342_HS1-416511228_319.1 Flying Discs 1949
Agency: Department of War
Incident date: 1/9/50
Page 42
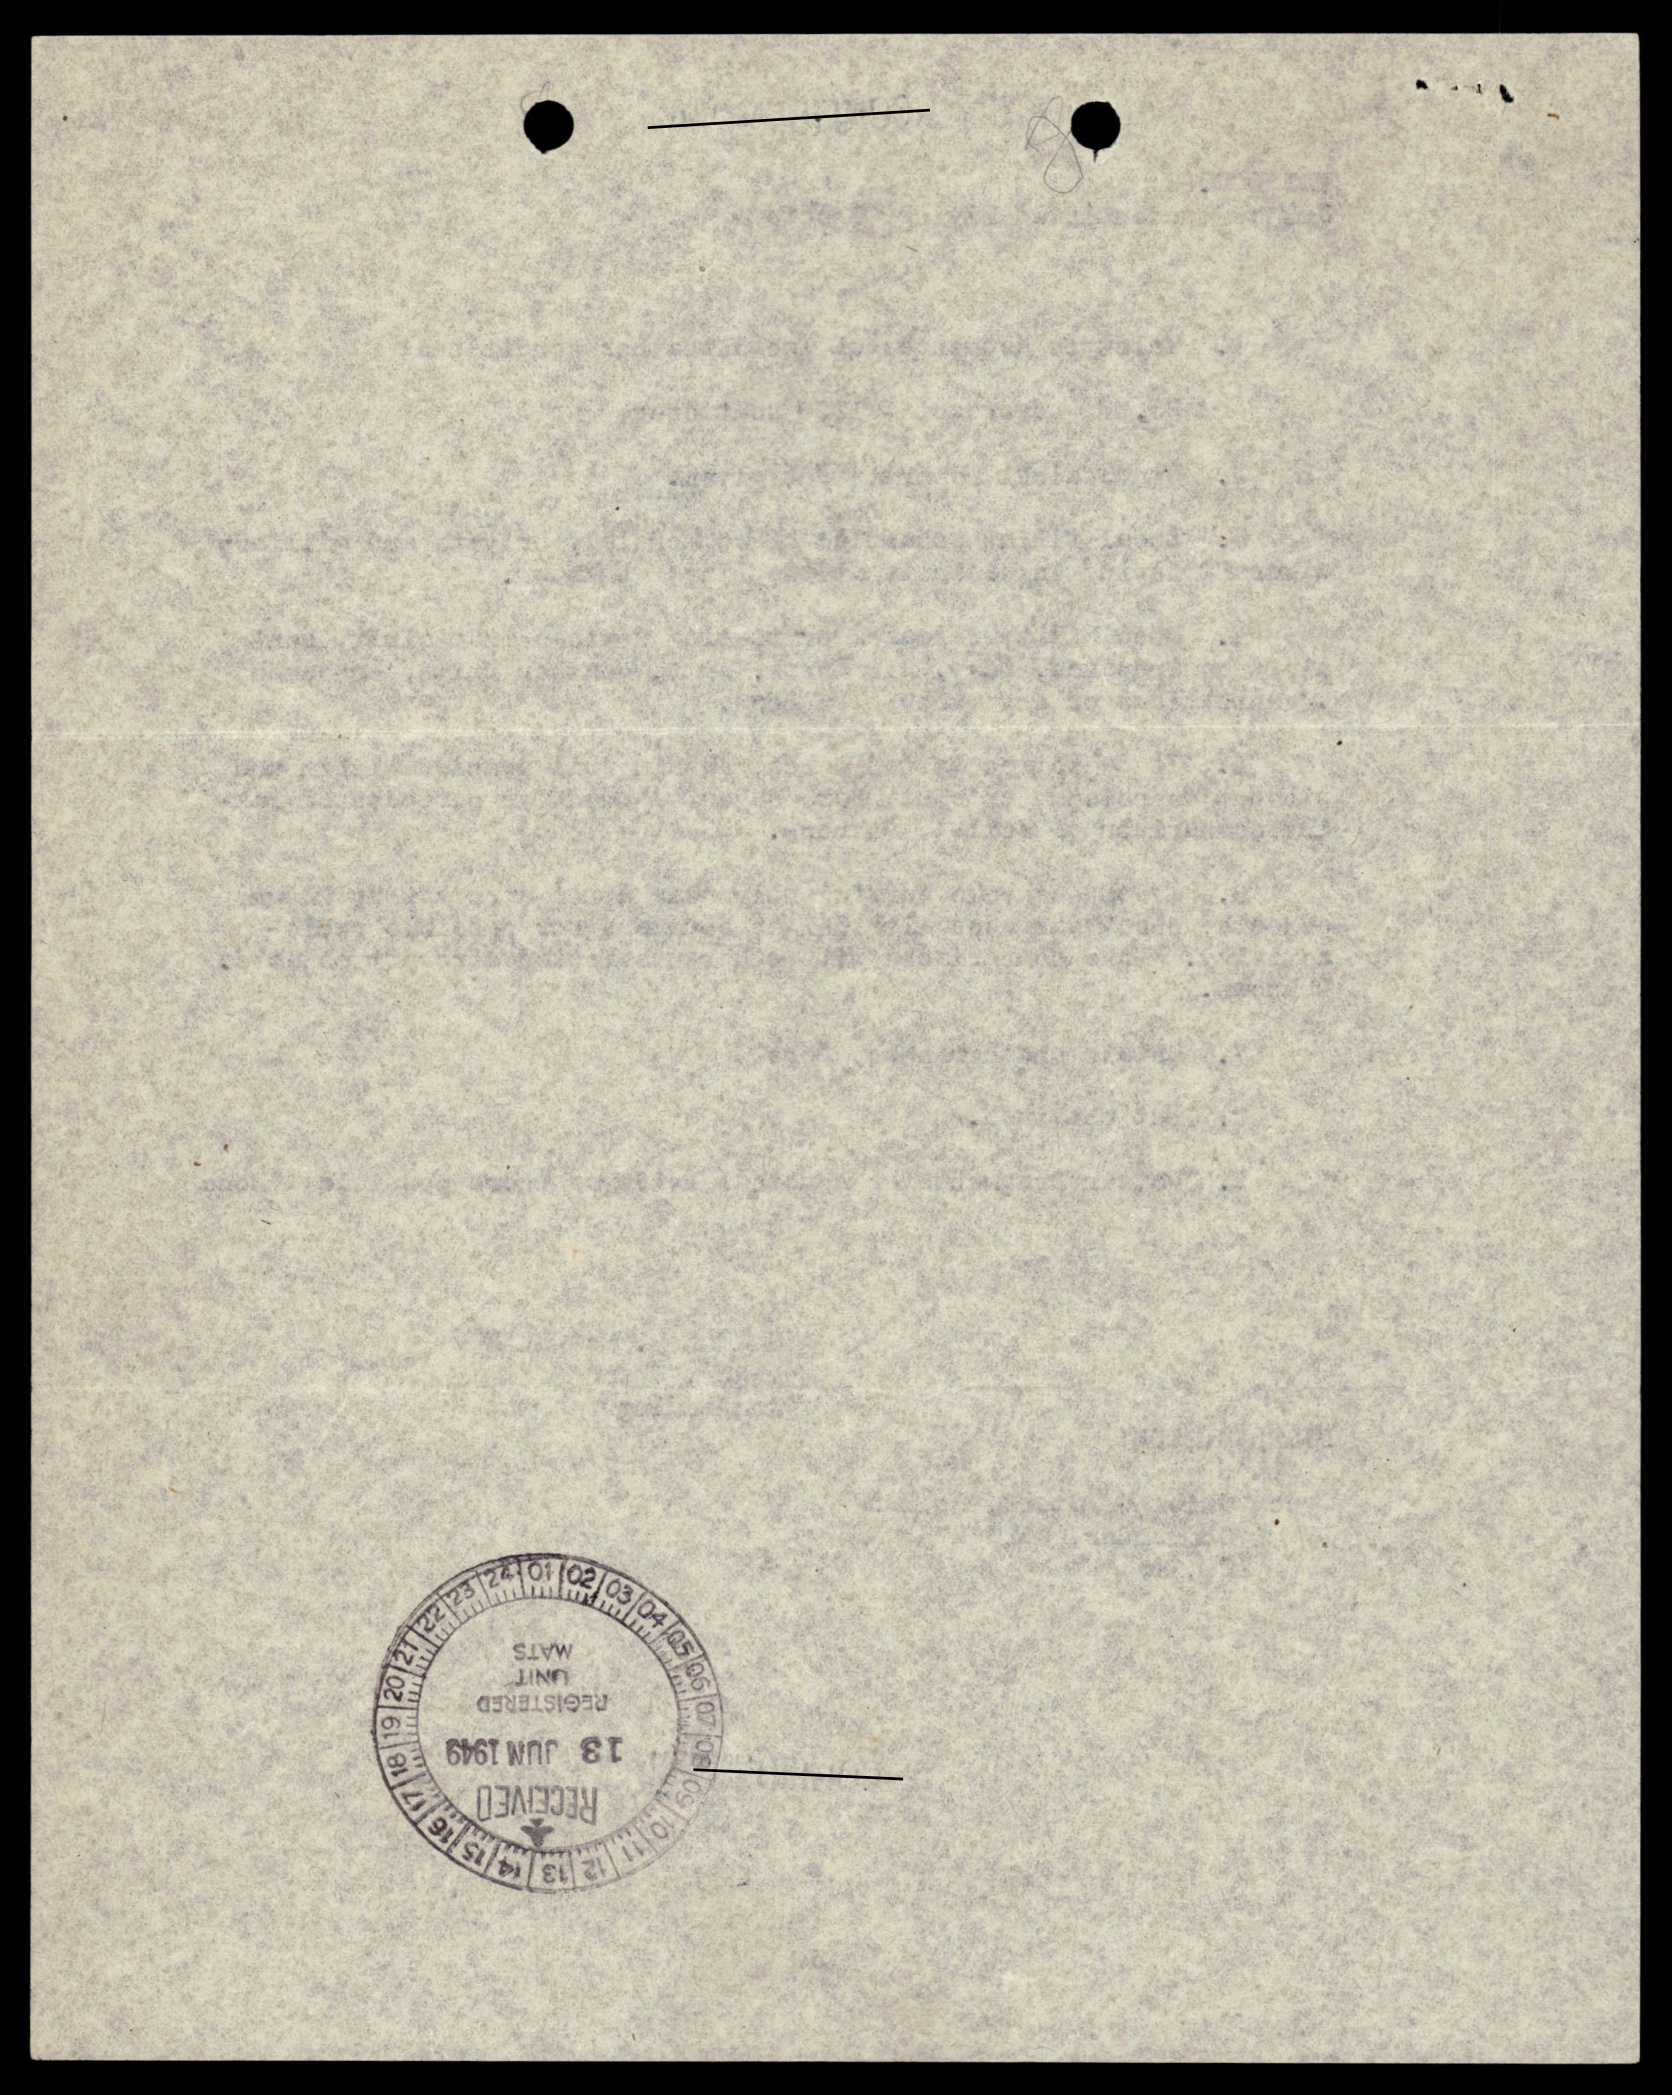